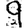
Digit: 9